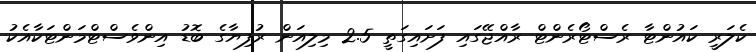
ކެލަރީ ކައުންޓާ ރެސްޓޯރެންޓް ރާއްޖޭގައި ފަށައިގަތީ 2.5 މިލިއަން ރުފިޔާގެ ބޮޑު އިންވެސްޓްމަންޓަކާއެކު